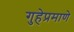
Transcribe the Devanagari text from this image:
गुहेप्रमाणे